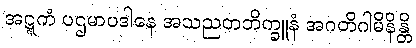
အဋ္ဋကံ ပဌမာပဒါနေ အသညတဘိက္ခူနံ အဂတိဂါမိနိန္တိ